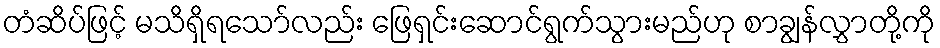
တံဆိပ်ဖြင့် မသိရှိရသော်လည်း ဖြေရှင်းဆောင်ရွက်သွားမည်ဟု စာချွန်လွှာတို့ကို